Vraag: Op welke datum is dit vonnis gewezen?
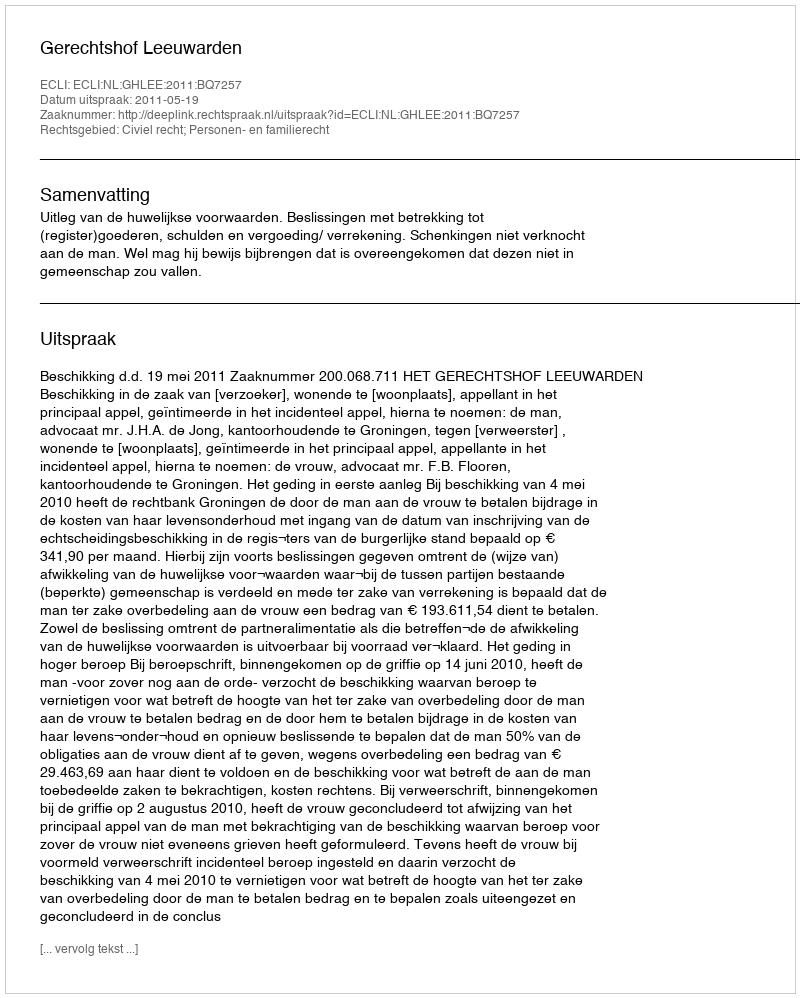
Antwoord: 2011-05-19